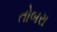
તોબરા